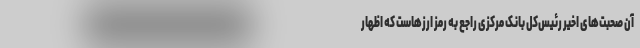
آن صحبت‌های اخیر رئیس‌کل بانک مرکزی راجع به رمز ارزهاست که اظهار